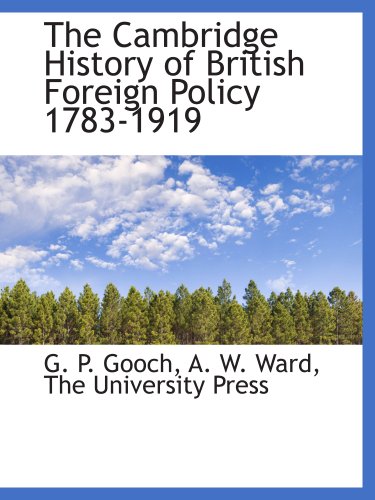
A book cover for The Cambridge History of British Foreign Policy 1783-1919; The University Press; History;